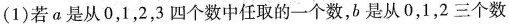
(1)若 a 是从 0，1，2，3 四个数中任取的一个数，b 是从 0，1，2 三个数